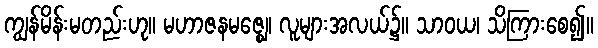
ကျွန်မိန်းမတည်းဟု။ မဟာဇနမဇ္ဈေ၊ လူများအလယ်၌။ သာဝယ၊ သိကြားစေ၍။